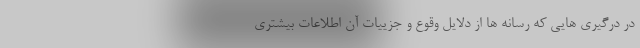
در درگیری هایی که رسانه ها از دلایل وقوع و جزییات آن اطلاعات بیشتری